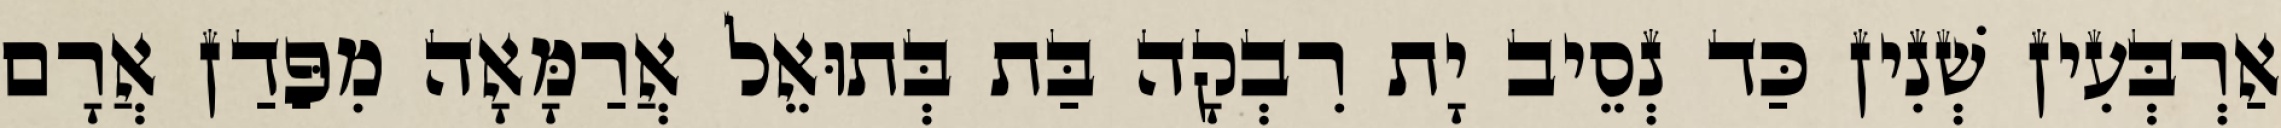
אַרְבְּעִין שְׁנִין כַּד נְסֵיב יָת רִבְקָה בַּת בְּתוּאֵל אֲרַמָּאָה מִפַּדַן אֲרָם